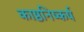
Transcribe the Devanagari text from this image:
काष्ठनिष्कर्ष